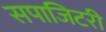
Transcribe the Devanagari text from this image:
सपाजिटरी